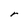
Character: r